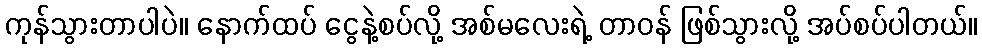
ကုန်သွားတာပါပဲ။ နောက်ထပ် ငွေနဲ့စပ်လို့ အစ်မလေးရဲ့ တာဝန် ဖြစ်သွားလို့ အပ်စပ်ပါတယ်။